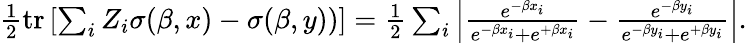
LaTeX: \begin{array}{r}{\frac{1}{2}\operatorname{tr}\left[\sum_{i}Z_{i}\sigma(\beta,x)-\sigma(\beta,y))\right]=\frac{1}{2}\sum_{i}\left|\frac{e^{-\beta x_{i}}}{e^{-\beta x_{i}}+e^{+\beta x_{i}}}-\frac{e^{-\beta y_{i}}}{e^{-\beta y_{i}}+e^{+\beta y_{i}}}\right|.}\end{array}